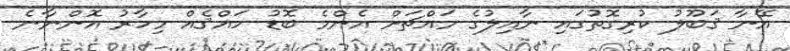
އޭނާ ޤަބޫލު ކުރިގޮތުގައި ނާއިލުގެ މައްޗަށް އެންމެ ބޮޑު ހައްޤެއް މިހާރު އޮންނާނެ